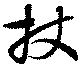
杖